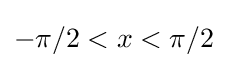
-\pi /2<x<\pi /2